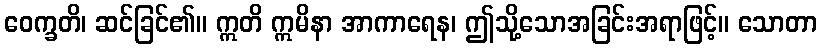
ဝေက္ခတိ၊ ဆင်ခြင်၏။ ဣတိ ဣမိနာ အာကာရေန၊ ဤသို့သောအခြင်းအရာဖြင့်။ သောတာ